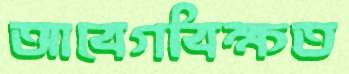
আবেগবিক্ষত